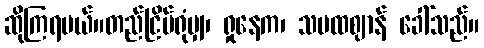
ဆိုကြရမယ်။တည်ငြိမ်ရုံမျှ၊ ရှုနေက၊ သမထဈာန် ခေါ်သည်။